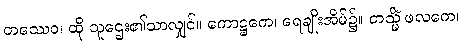
တဿေဝ၊ ထို သူဌေး၏သာလျှင်။ ကောဋ္ဌကေ၊ ရေချိုးအိမ်၌။ တသ္မိံ ဖလကေ၊